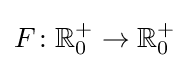
F\colon \mathbb {R} _{0}^{+}\rightarrow \mathbb {R} _{0}^{+}